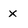
Character: x